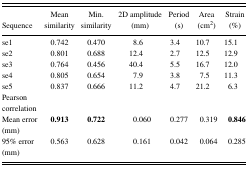
<table><thead><tr><td><b>Sequence</b></td><td><b>Mean similarity</b></td><td><b>Min. similarity</b></td><td><b>2D amplitude (mm)</b></td><td><b>Period (s)</b></td><td><b>Area (cm<sup>2</sup>)</b></td><td><b>Strain (%)</b></td></tr></thead><tbody><tr><td>se1</td><td>0.742</td><td>0.470</td><td>8.6</td><td>3.4</td><td>10.7</td><td>15.1</td></tr><tr><td>se2</td><td>0.801</td><td>0.688</td><td>12.4</td><td>2.7</td><td>12.5</td><td>12.9</td></tr><tr><td>se3</td><td>0.764</td><td>0.456</td><td>40.4</td><td>5.5</td><td>16.7</td><td>12.0</td></tr><tr><td>se4</td><td>0.805</td><td>0.654</td><td>7.9</td><td>3.8</td><td>7.5</td><td>11.3</td></tr><tr><td>se5</td><td>0.837</td><td>0.666</td><td>11.2</td><td>4.7</td><td>21.2</td><td>6.3</td></tr><tr><td>Pearson correlation</td><td></td><td></td><td></td><td></td><td></td><td></td></tr><tr><td>Mean error (mm)</td><td><b>0.913</b></td><td><b>0.722</b></td><td>0.060</td><td>0.277</td><td>0.319</td><td><b>0.846</b></td></tr><tr><td>95% error (mm)</td><td>0.563</td><td>0.628</td><td>0.161</td><td>0.042</td><td>0.064</td><td>0.285</td></tr></tbody></table>